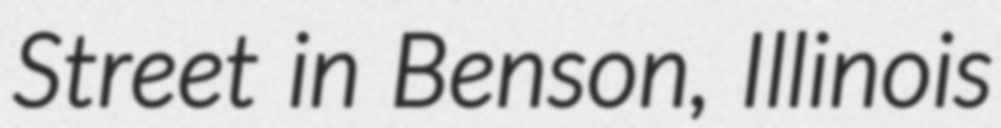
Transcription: Street in Benson, Illinois